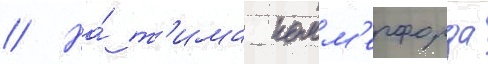
// На́ т'има комм'ерфорда